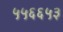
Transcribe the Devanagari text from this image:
५५६६५३